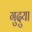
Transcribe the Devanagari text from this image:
गुदुया